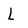
Character: L